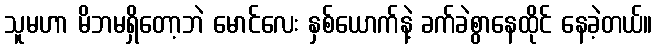
သူမဟာ မိဘမရှိတော့ဘဲ မောင်လေး နှစ်ယောက်နဲ့ ခက်ခဲစွာနေထိုင် နေခဲ့တယ်။